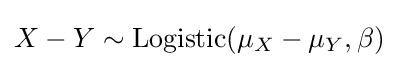
X-Y\sim \mathrm {Logistic} (\mu _{X}-\mu _{Y},\beta )